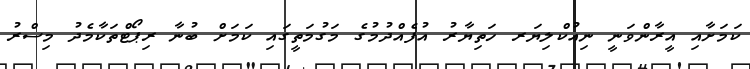
ކަމަށާއި އީރާންވަނީ ނިއުކްލިޔަރ ހަތިޔާރު އުފެއްދުމުގެ މަގުމަތީގައި ކަމަށް ބުނާ ރިޕޯޓްތަކާމެދު މިސްރު